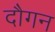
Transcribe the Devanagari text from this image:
दौगन